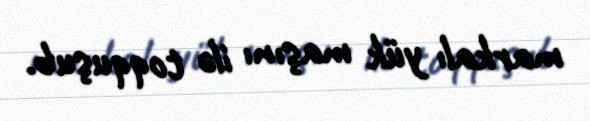
markalı yük maşını ilə toqquşub.